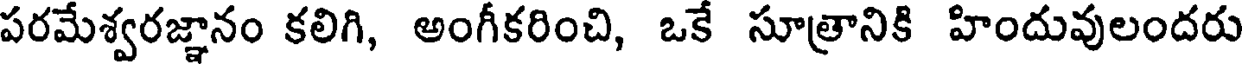
పరమేశ్వరజ్ఞానం కలిగి, అంగీకరించి, ఒకే సూత్రానికి హిందువులందరు